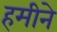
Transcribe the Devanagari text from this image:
हमीने